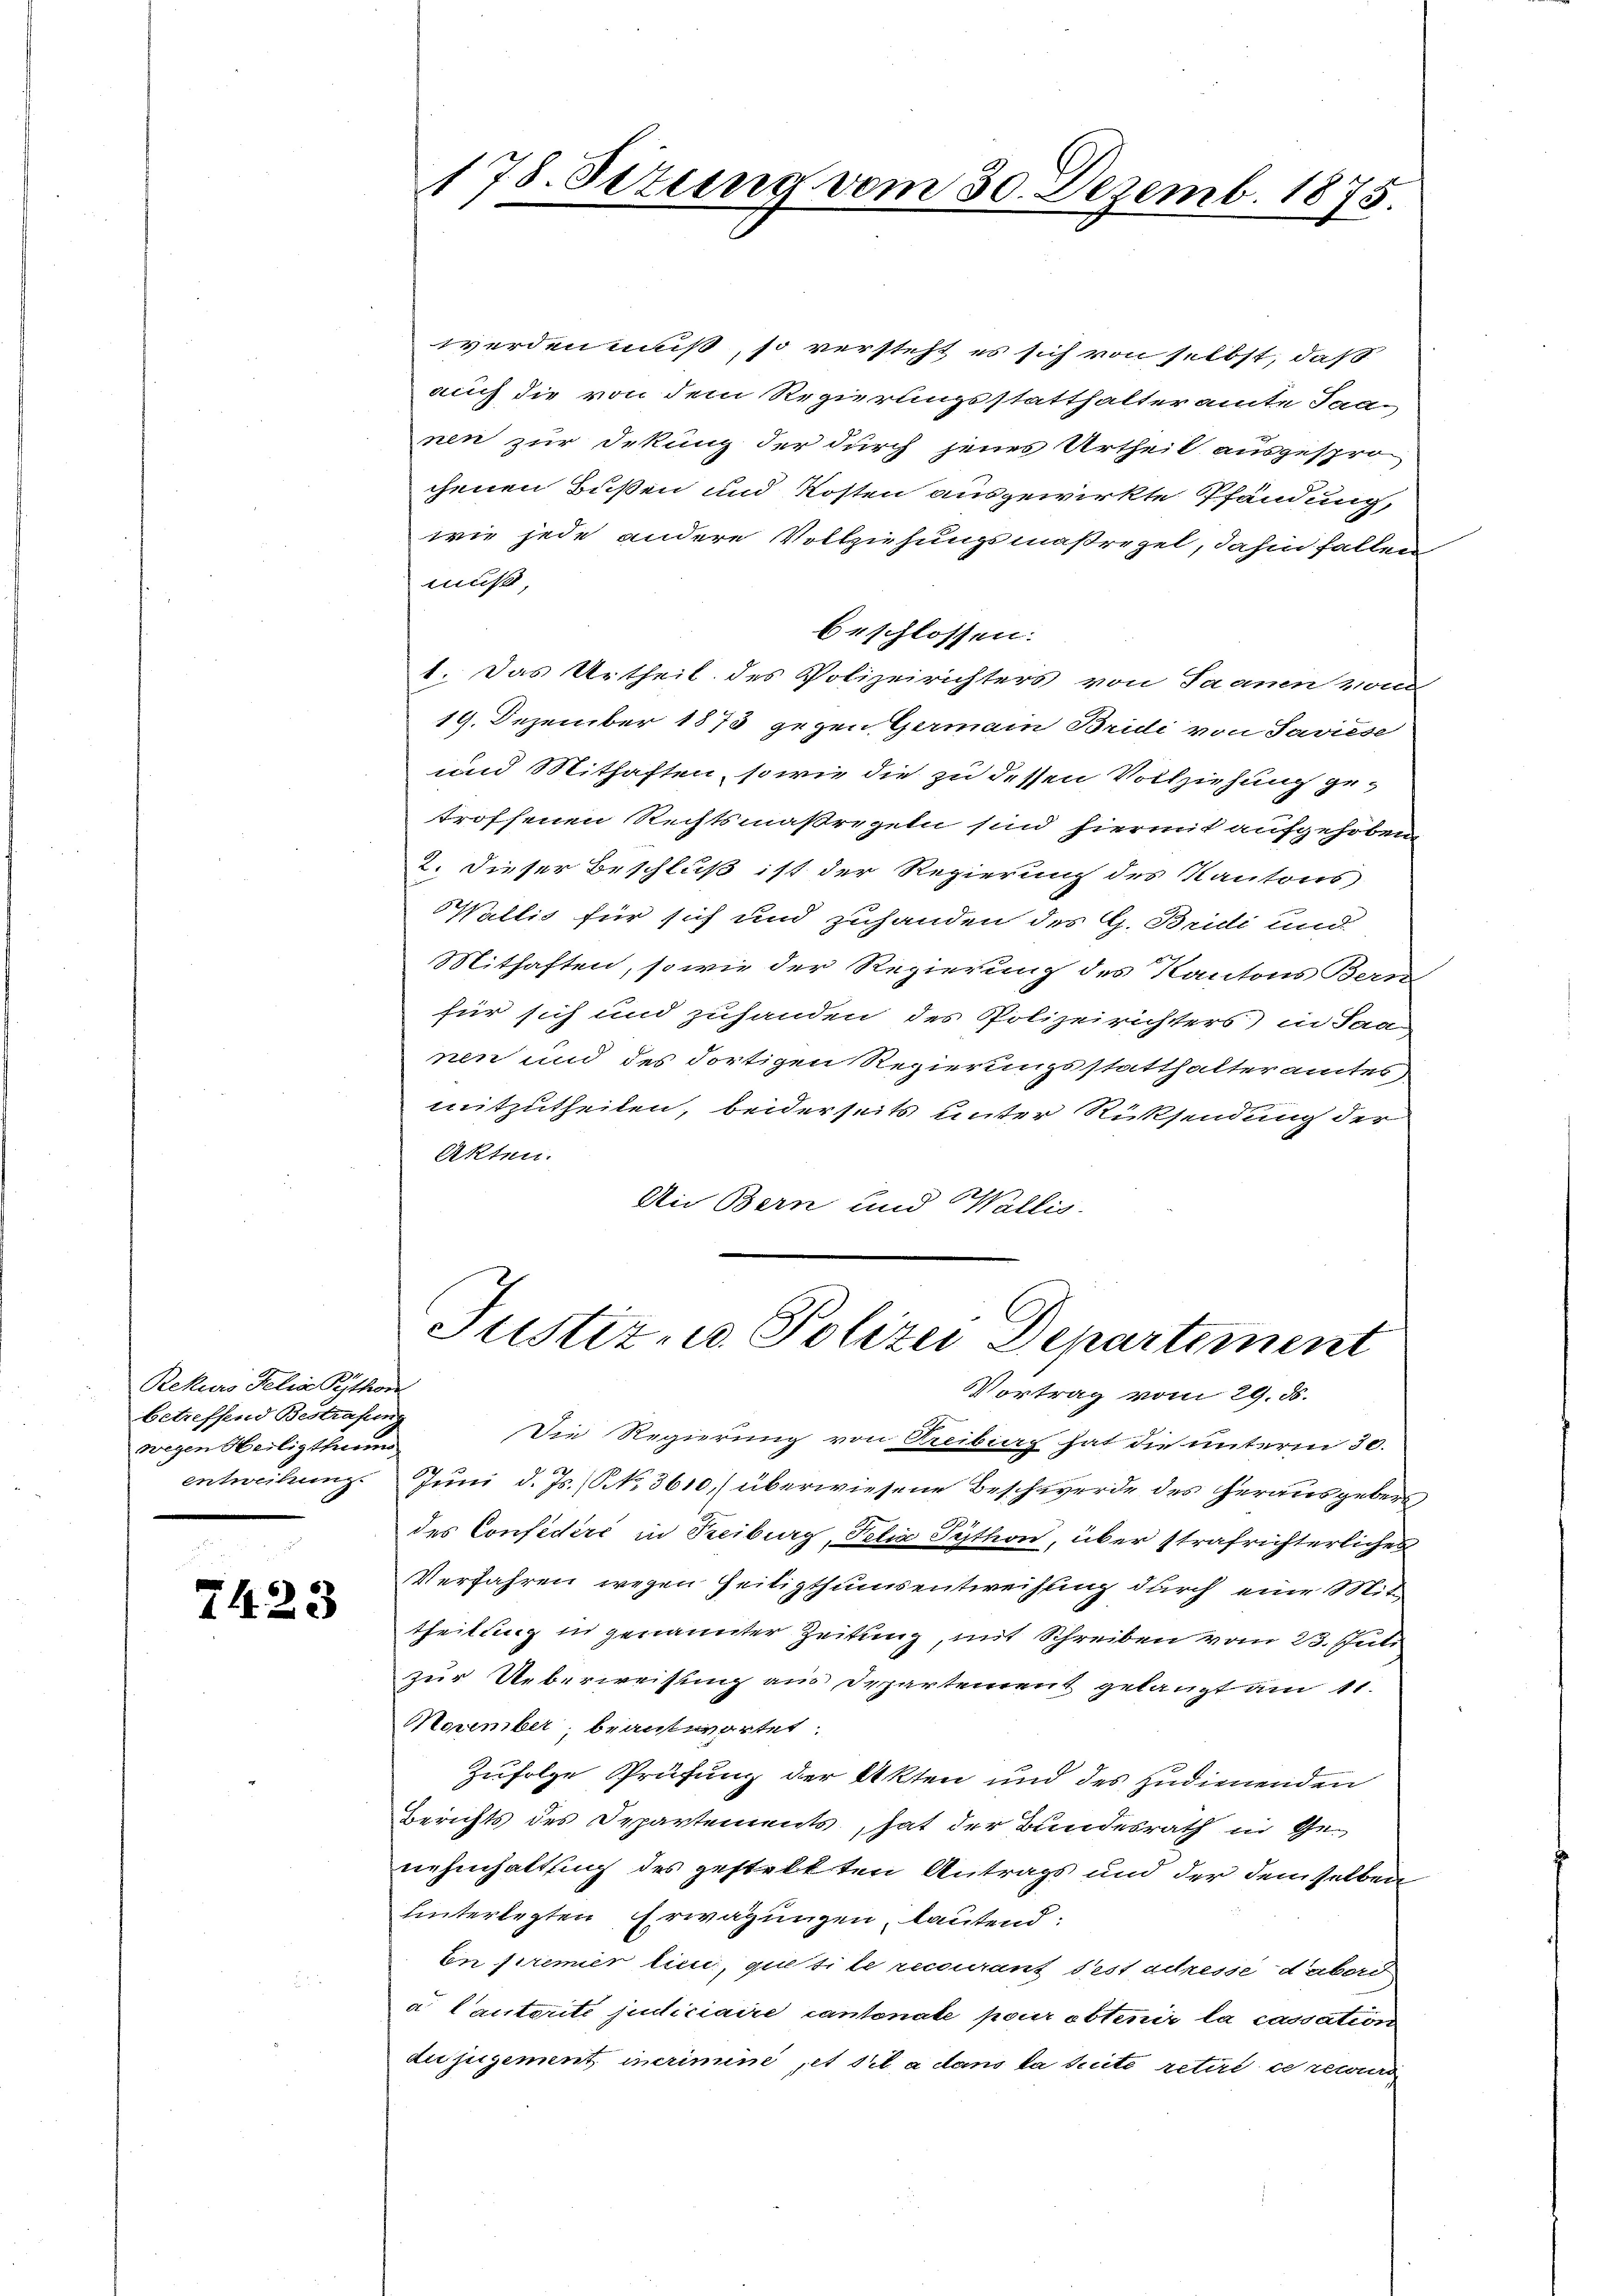
Rekurs Felix Python
betreffend Bestrafung
wegen Heiligthum

7423

werden muß, so versteht es sich von selbst, daß
auch die von dem Regierungsstatthalteramte Saanen zur Dekung der durch jenes Urtheil ausgespro
chenen Bußen und Kosten ausgewirkte Pfändung,
wie jede andere Vollziehungsmaßregel, dahin fallen
muß,
beschlossen:
1. Das Urtheil des Polizeirichters von Saanen von
19. Dezember 1873 gegen Germain Bridi von Saviese
und Mithaften, sowie die zu dessen Vollziehung ge-
troffenen Rechtsmaßregeln sind hiermit aufgehoben
2. Dieser Beschluß ist der Regierung des Kantons
Wallis für sich und zuhanden des G. Bridi und
Mithaften, so wie der Regierung des Kantons Bern
für sich und zuhanden des Polizeirichters) in Saa
nen und des dortigen Regierungsstatthalteramtes,
mitzutheilen, beiderseits unter Rücksendung der
Akten.
An Bern und Wallis.

178. Situng vom 30. Dezemb. 1875.

Justiz- u. Polizei Departement
Vortrag vom 29. ds.

Die Regierung von Freibiag hat die unterm 30.
entweihung. Juni d. Js. (NNo. 3610, überwiesene Beschwerde des herausgebens
des Confidéré in Reiburg, Pelia Sython, über strafrichterliches
Verfahren wegen seitigthums entweihung durch eine Mittheilung in genannter Zeitung, mit Schreiben vom 23. Juli
zur Ueberweisung aus Departement gelangt am 11.
November, beantwortet:
Zufolge Prüfung der Akten und des zudienenden
Berichts des Departements, hat der Bundesrath in Genehmhaltung des gestellten Antrags und der demselben
hinterlegten Erwägungen, lautend:
En premier lieu, quetile recourant dest adresse dabord
a Cautorité judiciaire cantonate pour obtenir la cassation
du jugement incrimine, et stil a dans la suite retire ce recur